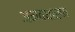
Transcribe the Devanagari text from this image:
अनवधारण